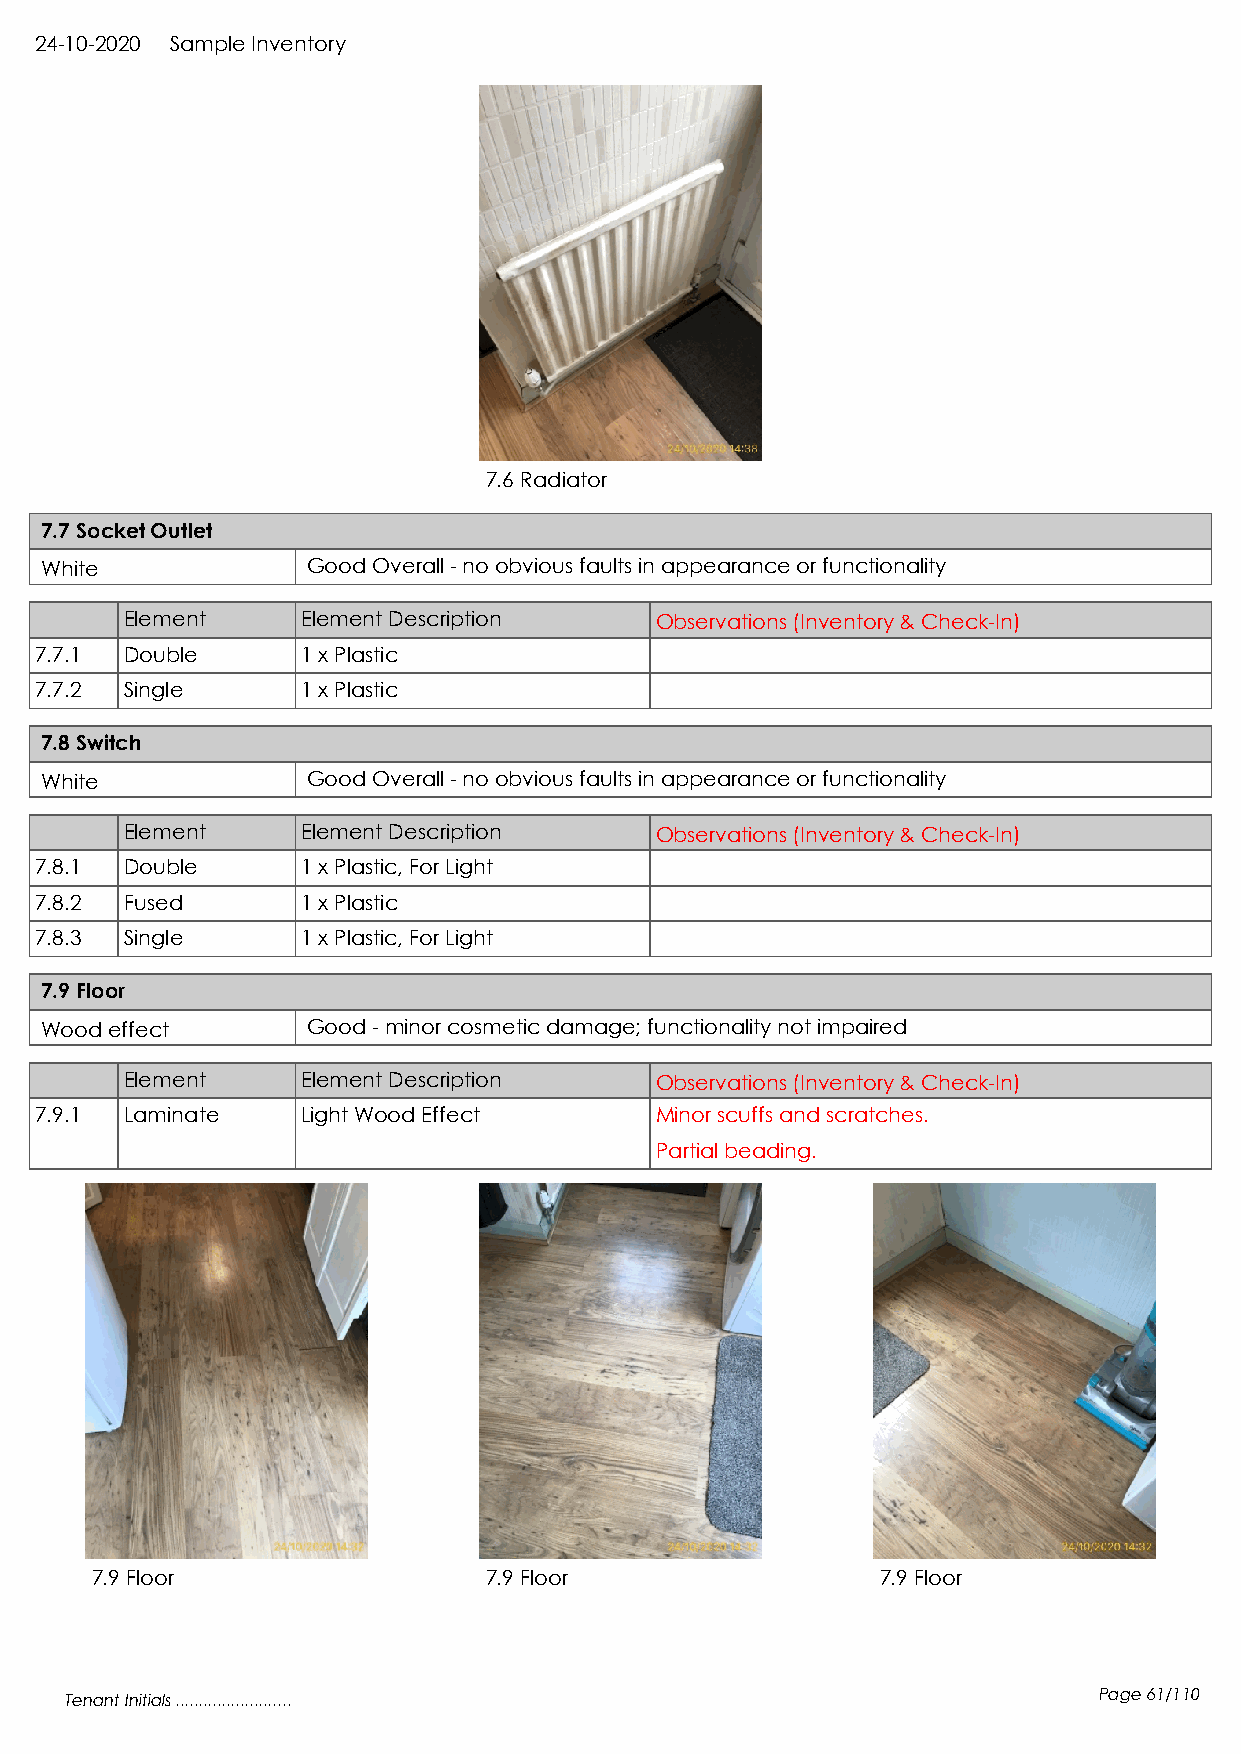
24-10-2020 Sample Inventory
 7.6 Radiator
 7.7 Socket Outlet
 White            Good Overall - no obvious faults in appearance or functionality
 Element     Element Description    Observations (Inventory & Check-In)
 7.7.1 Double      1 x Plastic
 7.7.2 Single      1 x Plastic
 7.8 Switch
 White            Good Overall - no obvious faults in appearance or functionality
 Element     Element Description    Observations (Inventory & Check-In)
 7.8.1 Double      1 x Plastic, For Light
 7.8.2 Fused       1 x Plastic
 7.8.3 Single      1 x Plastic, For Light
 7.9 Floor
 Wood effect      Good - minor cosmetic damage; functionality not impaired
 Element     Element Description    Observations (Inventory & Check-In)
 7.9.1 Laminate    Light Wood Effect      Minor scuffs and scratches.
 Partial beading.
 7.9 Floor                 7.9 Floor                 7.9 Floor
 Tenant Initials .........................                            Page 61/110